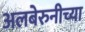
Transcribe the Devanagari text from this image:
अलबेरुनीच्या